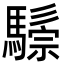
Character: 𩥷